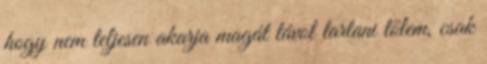
hogy nem teljesen akarja magát távol tartani tőlem, csak